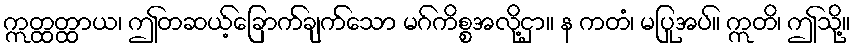
ဣတ္ထတ္ထာယ၊ ဤတဆယ့်ခြောက်ချက်သော မဂ်ကိစ္စအလို့ငှာ။ န ကတံ၊ မပြုအပ်။ ဣတိ၊ ဤသို့။